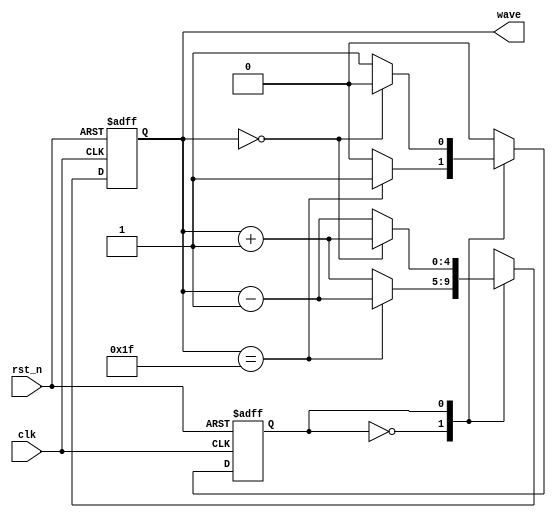
module signal_generator(
    input wire clk,
    input wire rst_n,
    output reg [4:0] wave
);

    // Define state register
    reg state;

    // Define states for readability
    localparam STATE_UP = 1'b0;
    localparam STATE_DOWN = 1'b1;

    // Waveform generation always block
    always @(posedge clk or negedge rst_n) begin
        if (!rst_n) begin
            // Synchronous reset
            wave <= 5'd0;
            state <= STATE_UP;
        end else begin
            case (state)
                STATE_UP: begin
                    // Increment the wave
                    if (wave == 5'd31) begin
                        // Transition to STATE_DOWN if maximum is reached
                        state <= STATE_DOWN;
                        wave <= wave - 5'd1;
                    end else begin
                        // Continue incrementing
                        wave <= wave + 5'd1;
                    end
                end
                STATE_DOWN: begin
                    // Decrement the wave
                    if (wave == 5'd0) begin
                        // Transition to STATE_UP if minimum is reached
                        state <= STATE_UP;
                        wave <= wave + 5'd1;
                    end else begin
                        // Continue decrementing
                        wave <= wave - 5'd1;
                    end
                end
                default: begin
                    // In case of an undefined state, reset to known state
                    state <= STATE_UP;
                    wave <= 5'd0;
                end
            endcase
        end
    end

endmodule